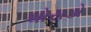
ધોરાડો